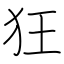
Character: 狂